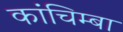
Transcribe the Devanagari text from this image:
कांचिम्बा